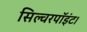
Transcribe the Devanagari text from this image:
सिल्वरपॉइंट।